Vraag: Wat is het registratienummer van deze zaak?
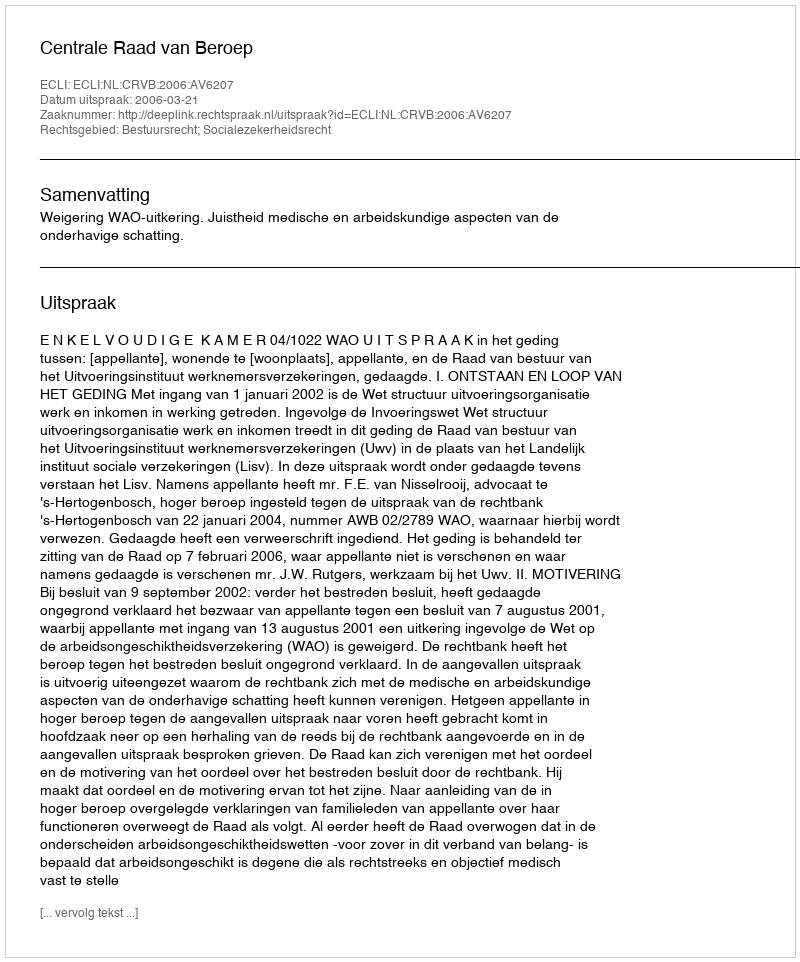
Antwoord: http://deeplink.rechtspraak.nl/uitspraak?id=ECLI:NL:CRVB:2006:AV6207